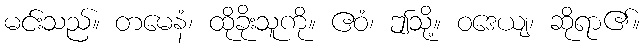
မင်းသည်။ တမေနံ၊ ထိုခိုးသူကို။ ဧဝံ၊ ဤသို့။ ဝဒေယျ၊ ဆိုရာ၏။